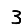
Digit: 3